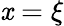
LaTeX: \mathit{x}=\xi